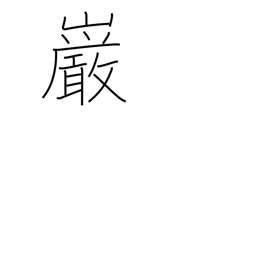
Meaning: boulder